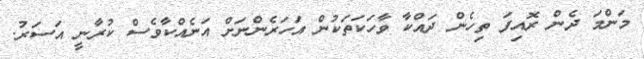
މަންމަ ދެން ރޮއިފަ ތިހެން ދައްކާ ވާހަކަތަކުން އަހަރެންނަށް އަނެއްކާވެސް ކުރާނީ އަސަރު.